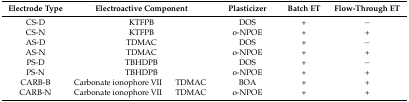
<table><thead><tr><td><b>Electrode Type</b></td><td colspan="2"><b>Electroactive Component</b></td><td><b>Plasticizer</b></td><td><b>Batch ET</b></td><td><b>Flow-Through ET</b></td></tr></thead><tbody><tr><td>CS-D</td><td colspan="2">KTFPB</td><td>DOS</td><td>+</td><td>−</td></tr><tr><td>CS-N</td><td colspan="2">KTFPB</td><td>o-NPOE</td><td>+</td><td>+</td></tr><tr><td>AS-D</td><td colspan="2">TDMAC</td><td>DOS</td><td>+</td><td>−</td></tr><tr><td>AS-N</td><td colspan="2">TDMAC</td><td>o-NPOE</td><td>+</td><td>+</td></tr><tr><td>PS-D</td><td colspan="2">TBHDPB</td><td>DOS</td><td>+</td><td>−</td></tr><tr><td>PS-N</td><td colspan="2">TBHDPB</td><td>o-NPOE</td><td>+</td><td>+</td></tr><tr><td>CARB-B</td><td>Carbonate ionophore VII</td><td>TDMAC</td><td>BOA</td><td>+</td><td>+</td></tr><tr><td>CARB-N</td><td>Carbonate ionophore VII</td><td>TDMAC</td><td>o-NPOE</td><td>+</td><td>+</td></tr></tbody></table>